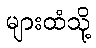
များထံသို့